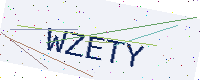
Text: WZETY